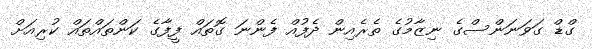
ގްޑް ގަވަނަންސްގެ ނިޒާމުގެ ތެރެއިން ދެފުއް ފެންނަ ގޮތައް ފީފާގެ ކަންތައްތައް ކުރިއަށް